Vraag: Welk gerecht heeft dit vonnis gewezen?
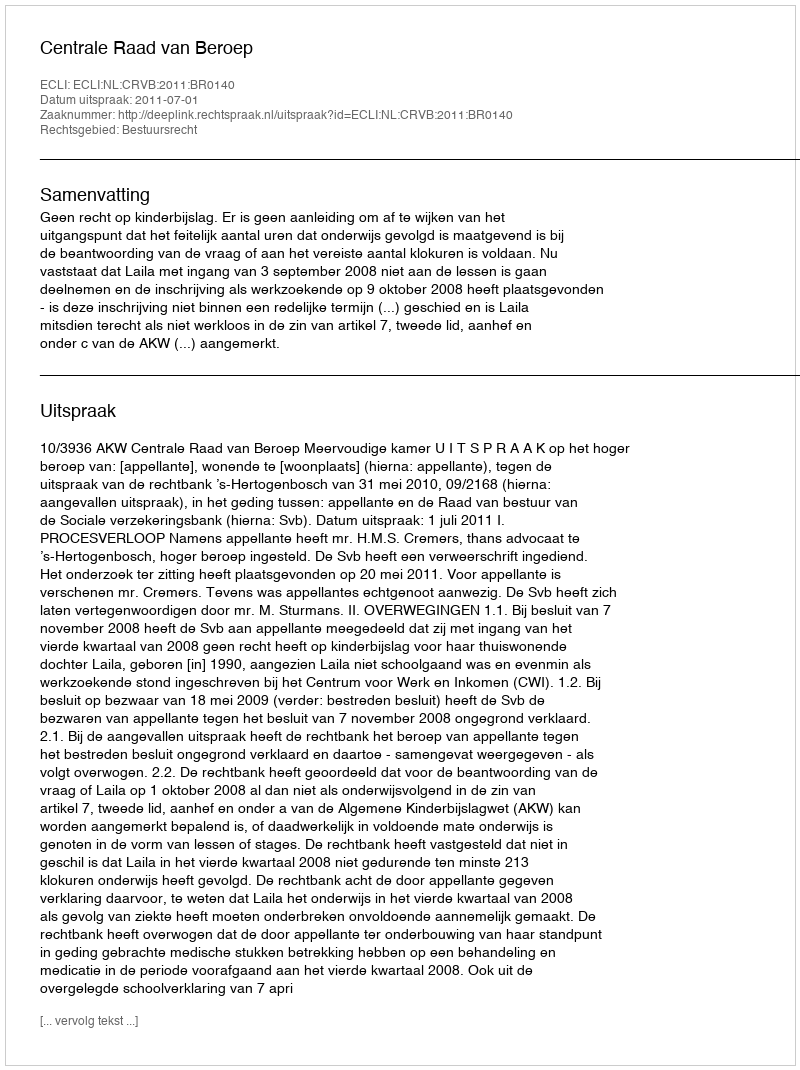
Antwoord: Centrale Raad van Beroep